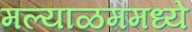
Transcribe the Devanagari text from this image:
मल्याळममध्ये